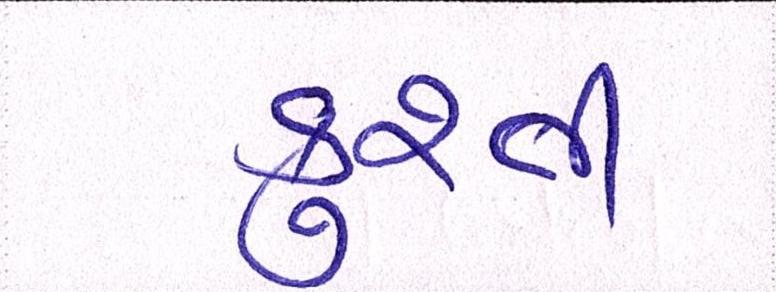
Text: કુશ્તી